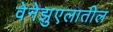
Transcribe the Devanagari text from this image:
वेनेझुएलातील